Annual report of the Civil Veterinary Department, Bengal, for the year 1898-99 - 1898-1899
Year: 1898
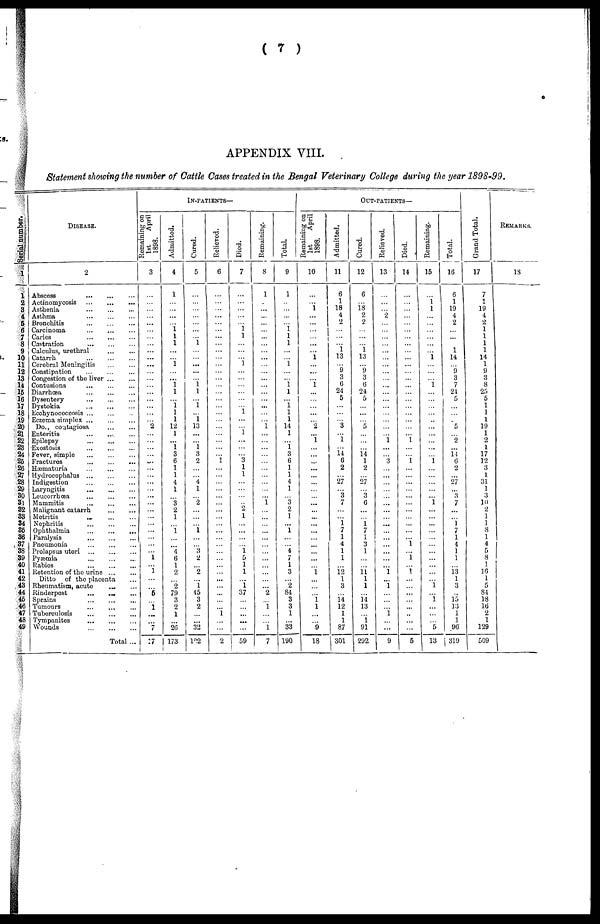
( 7 )
APPENDIX VIII.
Statement showing the number of Cattle Cases treated in the Bengal Veterinary College during the year 1898-99.
Ser i al number.
1
1
2
3
4
5
6
7
8
9
10
11
12
13
14
15
16
17
18
19
20
21
22
23
24
25
26
27
28
29
30
31
32
33
34
35
36
37
38
39
40
41
42
43
44
45
46
47
48
49
DISEASE.
2
Abscess
...
...
...
Actinomycosis
...
...
...
Asthenia ... ... ...
Asthma
...
...
...
Bronchitis
...
...
...
Carcinoma
...
...
...
Caries
...
...
...
Castration
...
...
...
Calculus, urethral
...
...
Catarrh
...
...
...
Cerebral Meningitis
...
...
Constipation ... ... ...
Congestion of the liver
...
...
Contusions
...
...
...
Diarrhoea
...
...
...
Dysentery
...
...
...
Dystokia ... ... ...
Ecchynococcosis ... ... ...
Eczema simplex
...
...
...
Do., contagiosa ... ...
Enteritis
...
...
...
Epilepsy
...
...
...
Exostosis
...
...
...
Fever, simple
...
...
...
Fractures
...
...
...
Hæmaturia ... ... ...
Hydrocephalus
...
...
...
Indigestion
...
...
...
Laryngitis
...
...
...
Leucorrhæa ... ... ...
Mammitis ... ... ...
Malignant catarrh ... ... ...
Metritis ... ... ...
Nephritis
...
...
...
Ophthalmia
...
...
...
Paralysis ... ... ...
Pneumonia
...
...
...
Prolapsus uteri
...
...
...
Pyæmia
...
...
...
Rabies
...
...
...
Retention of the urine
...
...
Ditto of the placenta ...
Rheumatism, acute ... ...
Rinderpest
...
...
...
Sprains
...
...
...
Tumours ... ... ...
Tuberculosis ... ... ...
Tympanites
...
...
...
Wounds
...
...
...
Total ...
IN-PATIENTS—
Remaining on
1st
April
1898.
3
...
...
...
...
...
...
...
...
...
...
...
...
...
...
...
...
...
...
... 2
...
...
...
... ...
...
...
...
...
...
...
...
...
...
...
...
...
...
1
... 1
...
... 5
1
...
...
7
27
Admitted.
4
1
...
...
...
...
1 1
1
...
...
1
...
... 1 1
...
1 1
1
12
1
...
1 3
6
1
1
4
1
... 3
2
1
...
1
...
... 4
6
1
2
... 2
79
3
2
1
...
26
173
Cured.
5
...
...
...
...
...
...
...
1
...
...
...
...
... 1 1
...
1
...
1
13
...
...
1 3
2
...
...
4
1
... 2
...
...
...
1
...
... 3
2
... 2
...
1
45
3
2
...
...
32
l22
Relieved.
6
...
...
...
...
...
...
...
...
...
...
...
...
...
...
...
...
...
...
...
...
...
...
...
...
1
...
...
...
...
...
...
...
...
...
...
...
...
...
...
...
...
...
...
...
...
...
1
...
...
2
Died.
7
...
...
...
...
...
1
1
...
...
...
1
...
...
...
...
...
... 1
...
...
1
...
...
... 3
1
1
...
...
...
... 2
1
...
...
...
... 1 5
1
1
...
1
37
...
...
...
...
...
59
Remaining.
8
1
...
...
...
...
...
...
...
...
...
...
...
...
...
...
...
...
... 1
...
...
...
...
...
...
...
...
...
... 1
...
...
...
...
...
...
...
...
...
...
...
... 2
...
1
...
...
1
...7
Total.
9
1
...
...
...
...
1 1
1
...
...
1
...
... 1
1
...
...i
1
1
14
1
...
1
3
6
1
1
4
1
... 3
2
1
...
1
...
... 4
7
1
3
... 2
84
3
3
1
...
33
190
OUT-PATIENTS—
Remaining on
1st
April
1898.
10
...
...
1
...
...
...
...
...
... 1
...
...
... 1
...
...
...
...
... 2
...
1
...
...
...
...
...
...
...
... ...
...
... ...
...
...
...
...
...
... 1
...
...
...
1 1
...
...
...9
18
Admitted.
11
6
1
18
4
2
...
...
...
1
13
...
9
3
6
24
5
...
...
... 3
...
1
... 14
6
2
...
27
... 3
7
...
... 1 7
1
4
1
1
... 12
1
3
... 14
12
1
1
87
301
Cured.
12
6
...
18 2
2
...
...
...
1
13
...
9
3
6
24
5
...
...
... 5
...
...
... 14
1
2
...
27
... 3
6
...
... 1 7
1
3
1
...
... 11 1
1
... 14
13
...
1
91
292
I Relieved.
13
...
...
... 2
...
...
...
...
...
...
...
...
...
...
...
...
...
...
...
...
...
1
...
... 3
...
...
...
...
...
...
...
... ...
...
...
...
...
...
... 1
...
1
...
...
...
1
...
...
9
Died.
14
...
...
...
...
...
...
...
...
...
...
...
...
...
...
...
...
...
...
...
...
...
1
...
...
1
...
...
...
...
...
...
...
...
...
...
...
1
...
1
... 1
...
...
...
...
...
...
...
...
5
Remaining.
15
...
1
1
...
...
...
...
...
...
1
...
...
... 1
...
...
...
...
...
...
...
...
...
...
1
...
...
...
...
... 1
...
...
...
...
...
...
...
...
...
...
...
1
...
1
...
...
...
5
13
Total.
16
6
1
19
4
2
...
...
... 1
14
...
9
3
7
21
5
...
...
... 5
... 2
...
14
6
2
...
27
... 3
7
...
... 1 7
1
4
1
1
... 13
1
3
... 15
13
1
1
96
319
Grand Total.
17
7
1
19
4
2
1
1
1
1
14
1
9
3
8
25
5
1
1
1
19
1
2
1
17
12
3
1
31
1
3
10
2
1
1
8
1
4
5
8
1
16
1
5
84
18
16
2
1
129
509
REMARKS.
18